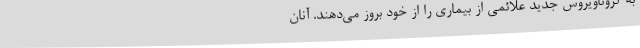
به کروناویروس جدید علائمی از بیماری را از خود بروز می‌دهند. آنان